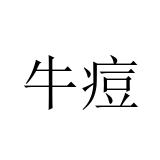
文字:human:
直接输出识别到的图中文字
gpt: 牛痘